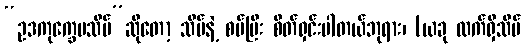
“ဥဒကုက္ခေပသိမ်”ဆိုတော့ သိမ်နဲ့ စပ်ပြီး စိတ်ရှင်းပါတယ်ဘုရား၊ (ယခု လက်ရှိသိမ်